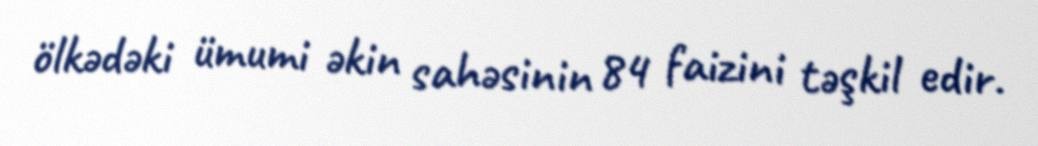
ölkədəki ümumi əkin sahəsinin 84 faizini təşkil edir.